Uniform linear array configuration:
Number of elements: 16
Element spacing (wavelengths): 0.75
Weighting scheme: uniform
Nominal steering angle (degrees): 60
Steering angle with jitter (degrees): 60.139
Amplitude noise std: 0.05
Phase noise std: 0.05

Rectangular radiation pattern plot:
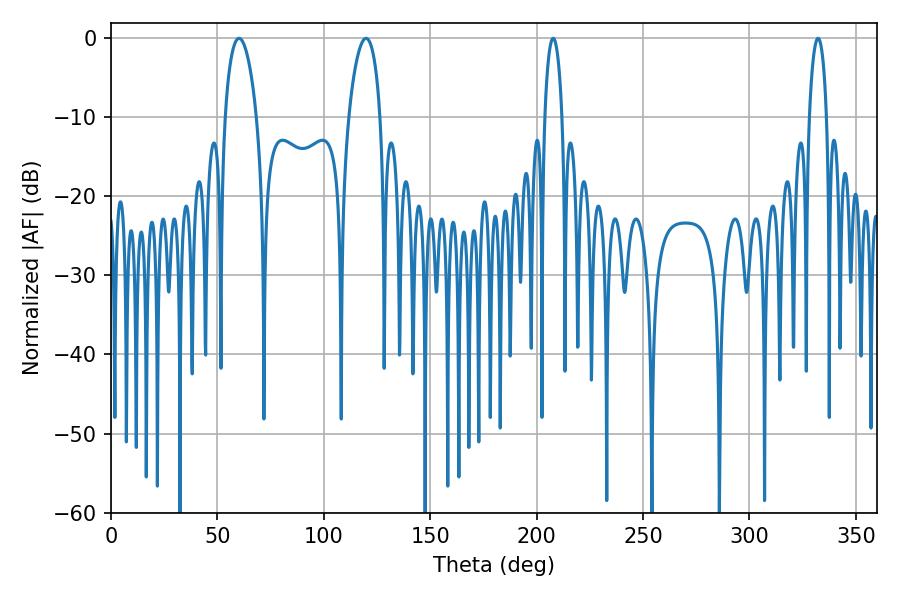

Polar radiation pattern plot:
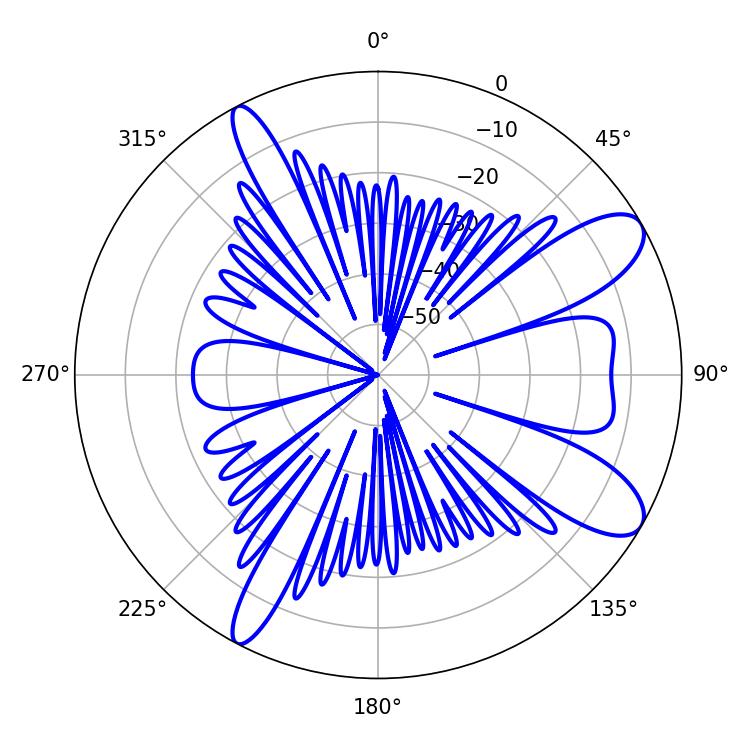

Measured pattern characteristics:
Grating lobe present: TRUE
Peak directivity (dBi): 9.812
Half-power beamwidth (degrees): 8.46
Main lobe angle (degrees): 119.88